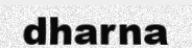
dharna